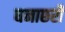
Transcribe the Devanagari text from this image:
घनाछरी